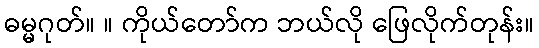
ဓမ္မဂုတ်။ ။ ကိုယ်တော်က ဘယ်လို ဖြေလိုက်တုန်း။